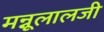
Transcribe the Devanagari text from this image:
मन्नूलालजी